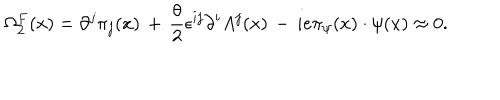
LaTeX: \Omega _ { 2 } ^ { F } ( x ) = \partial ^ { j } \pi _ { j } ( x ) \, + \, \frac { \theta } { 2 } \epsilon ^ { i j } \partial ^ { i } A ^ { j } ( x ) \, - \, i e \pi _ { \psi } ( x ) \cdot \psi ( x ) \approx 0 .